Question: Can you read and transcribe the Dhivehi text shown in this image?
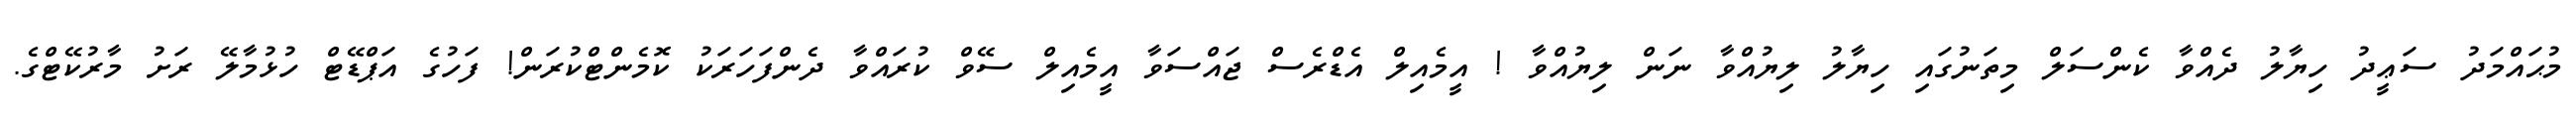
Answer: މުޙައްމަދު ސަޢީދު ހިޔާލު ދެއްވާ ކެންސަލް މިތަނުގައި ހިޔާލު ލިޔުއްވާ ނަން ލިޔުއްވާ ! އީމެއިލް އެޑްރެސް ޖައްސަވާ އީމެއިލް ސޭވް ކުރައްވާ ދެންފަހަރަކު ކޮމެންޓްކުރަން! ފަހުގެ އަޕްޑޭޓް ހުޅުމާލޭ ރަށު މާރުކޭޓްގެ.